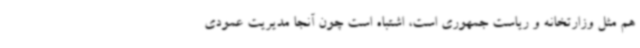
هم مثل وزارتخانه و ریاست جمهوری است، اشتباه است چون آنجا مدیریت عمودی